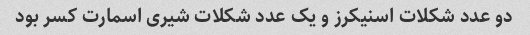
دو عدد شکلات اسنیکرز و یک عدد شکلات شیری اسمارت کسر بود